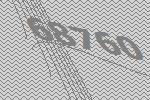
68760